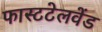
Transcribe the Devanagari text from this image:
फास्टटेलवेंड